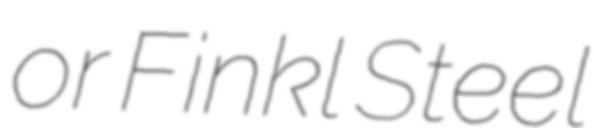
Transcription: or Finkl Steel